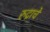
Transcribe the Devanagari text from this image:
रुद्राचे